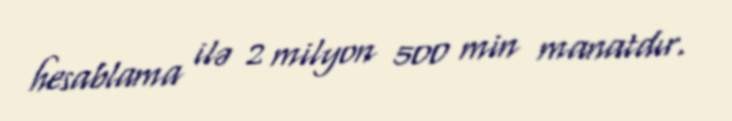
hesablama ilə 2 milyon 500 min manatdır.